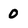
Character: 0